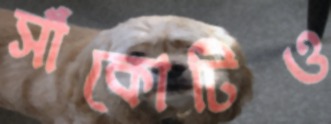
সাঁকোটিও